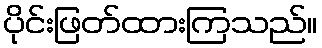
ပိုင်းဖြတ်ထားကြသည်။